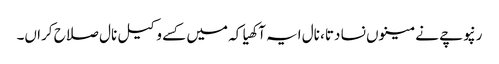
رنپوچے نے مینوں نسا دتا، نال ایہ آکھیا کہ میں کسے وکیل نال صلاح کراں۔